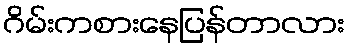
ဂိမ်းကစားနေပြန်တာလား